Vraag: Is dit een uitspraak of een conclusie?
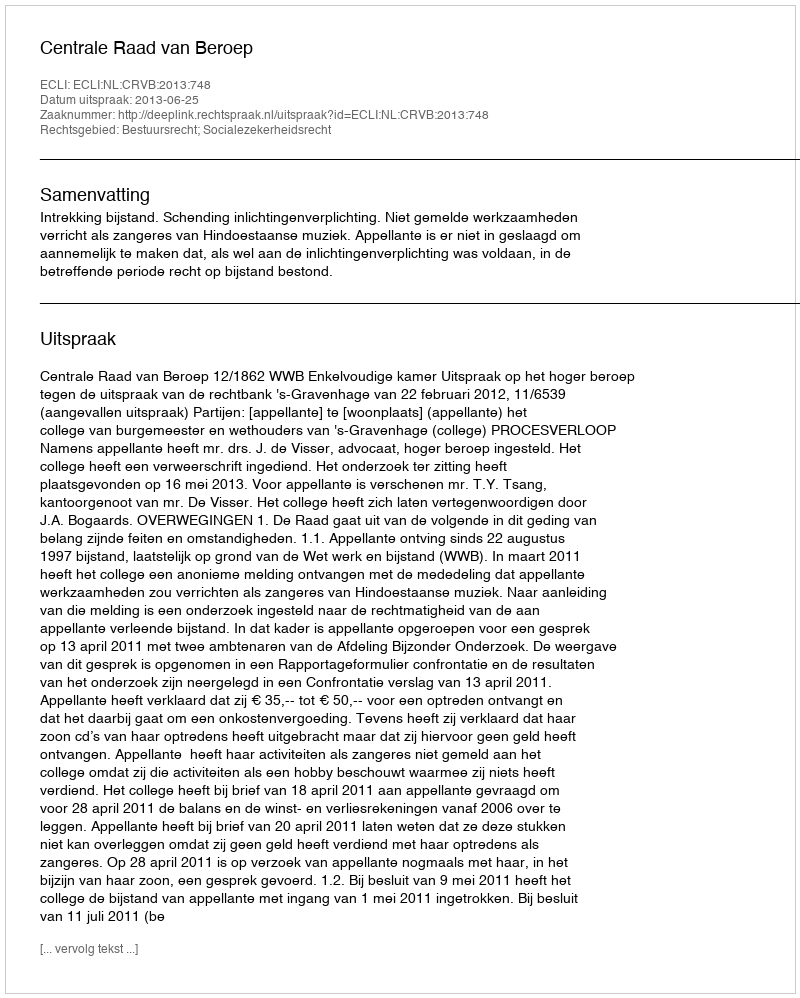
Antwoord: Uitspraak